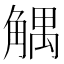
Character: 䚤